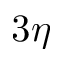
3 \eta